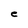
Character: C